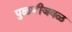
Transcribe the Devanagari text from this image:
पुळणीजवळ